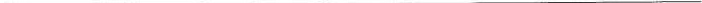
___